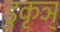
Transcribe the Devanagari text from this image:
डुकृञ्